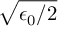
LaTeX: \sqrt { \epsilon _ { 0 } / 2 }